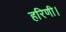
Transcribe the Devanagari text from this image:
हरिणी।